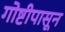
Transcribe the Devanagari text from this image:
गोष्टीपासून